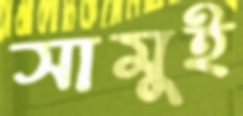
সামুই